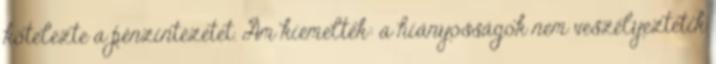
kötelezte a pénzintézetet. Ám kiemelték: a hiányosságok nem veszélyeztetik